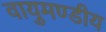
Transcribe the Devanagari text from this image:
वायुमण्डीय